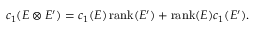
c _ { 1 } ( E \otimes E ^ { \prime } ) = c _ { 1 } ( E ) \operatorname { r a n k } ( E ^ { \prime } ) + \operatorname { r a n k } ( E ) c _ { 1 } ( E ^ { \prime } ) .